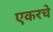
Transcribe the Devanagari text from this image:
एकरचे